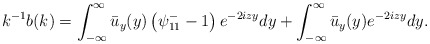
\begin{align*}&k^{-1} b(k)= \int_{-\infty}^{\infty} \bar{u}_y(y)\left(\psi^-_{11}-1\right) e^{-2iz y} dy+ \int_{-\infty}^{\infty} \bar u_y (y)e^{-2izy}dy.\end{align*}